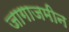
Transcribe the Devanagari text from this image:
जागाजमीन